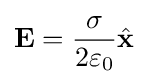
\mathbf {E} ={\frac {\sigma }{2\varepsilon _{0}}}{\hat {\mathbf {x} }}